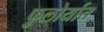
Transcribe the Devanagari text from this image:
फुलोर्यात